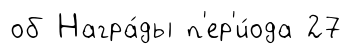
об Награ́ды п'ер'и́ода 27